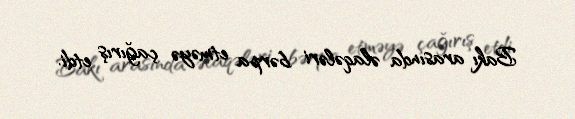
Bakı arasında əlaqələri bərpa etməyə çağırış etdi.